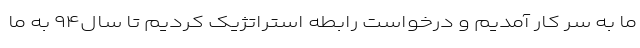
ما به سر کار آمدیم و درخواست رابطه استراتژیک کردیم تا سال۹۴ به ما